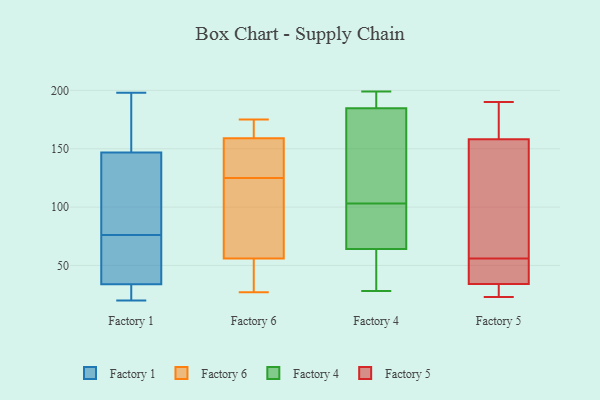
{"axis": {"x": "Temperature (°C)", "y": "Value"}, "legend": ["Factory 1", "Factory 4", "Factory 5", "Factory 6"], "data": [{"x": "", "y": 187, "type": "Factory 1"}, {"x": "", "y": 20, "type": "Factory 1"}, {"x": "", "y": 94, "type": "Factory 1"}, {"x": "", "y": 190, "type": "Factory 1"}, {"x": "", "y": 35, "type": "Factory 1"}, {"x": "", "y": 35, "type": "Factory 1"}, {"x": "", "y": 30, "type": "Factory 1"}, {"x": "", "y": 80, "type": "Factory 1"}, {"x": "", "y": 23, "type": "Factory 1"}, {"x": "", "y": 76, "type": "Factory 1"}, {"x": "", "y": 198, "type": "Factory 1"}, {"x": "", "y": 152, "type": "Factory 1"}, {"x": "", "y": 115, "type": "Factory 1"}, {"x": "", "y": 49, "type": "Factory 1"}, {"x": "", "y": 145, "type": "Factory 1"}, {"x": "", "y": 48, "type": "Factory 1"}, {"x": "", "y": 26, "type": "Factory 1"}, {"x": "", "y": 52, "type": "Factory 6"}, {"x": "", "y": 116, "type": "Factory 6"}, {"x": "", "y": 165, "type": "Factory 6"}, {"x": "", "y": 132, "type": "Factory 6"}, {"x": "", "y": 56, "type": "Factory 6"}, {"x": "", "y": 141, "type": "Factory 6"}, {"x": "", "y": 159, "type": "Factory 6"}, {"x": "", "y": 118, "type": "Factory 6"}, {"x": "", "y": 138, "type": "Factory 6"}, {"x": "", "y": 171, "type": "Factory 6"}, {"x": "", "y": 30, "type": "Factory 6"}, {"x": "", "y": 164, "type": "Factory 6"}, {"x": "", "y": 100, "type": "Factory 6"}, {"x": "", "y": 27, "type": "Factory 6"}, {"x": "", "y": 175, "type": "Factory 6"}, {"x": "", "y": 28, "type": "Factory 6"}, {"x": "", "y": 64, "type": "Factory 6"}, {"x": "", "y": 134, "type": "Factory 6"}, {"x": "", "y": 28, "type": "Factory 4"}, {"x": "", "y": 61, "type": "Factory 4"}, {"x": "", "y": 165, "type": "Factory 4"}, {"x": "", "y": 184, "type": "Factory 4"}, {"x": "", "y": 195, "type": "Factory 4"}, {"x": "", "y": 199, "type": "Factory 4"}, {"x": "", "y": 38, "type": "Factory 4"}, {"x": "", "y": 186, "type": "Factory 4"}, {"x": "", "y": 134, "type": "Factory 4"}, {"x": "", "y": 103, "type": "Factory 4"}, {"x": "", "y": 99, "type": "Factory 4"}, {"x": "", "y": 46, "type": "Factory 4"}, {"x": "", "y": 185, "type": "Factory 4"}, {"x": "", "y": 101, "type": "Factory 4"}, {"x": "", "y": 73, "type": "Factory 4"}, {"x": "", "y": 26, "type": "Factory 5"}, {"x": "", "y": 182, "type": "Factory 5"}, {"x": "", "y": 23, "type": "Factory 5"}, {"x": "", "y": 108, "type": "Factory 5"}, {"x": "", "y": 32, "type": "Factory 5"}, {"x": "", "y": 123, "type": "Factory 5"}, {"x": "", "y": 190, "type": "Factory 5"}, {"x": "", "y": 40, "type": "Factory 5"}, {"x": "", "y": 46, "type": "Factory 5"}, {"x": "", "y": 56, "type": "Factory 5"}, {"x": "", "y": 170, "type": "Factory 5"}]}